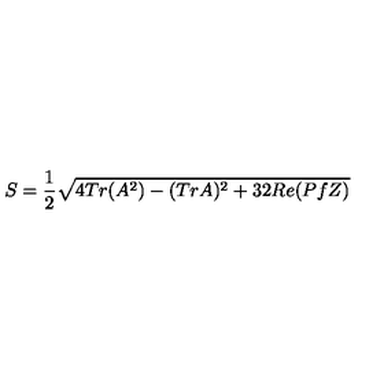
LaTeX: S = { \frac { 1 } { 2 } } \sqrt { 4 T r ( A ^ { 2 } ) - ( T r A ) ^ { 2 } + 3 2 R e ( P f Z ) }